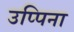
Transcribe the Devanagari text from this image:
उप्पिना